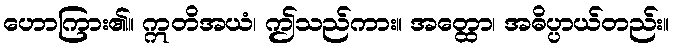
ဟောကြား၏။ ဣတိအယံ၊ ဤသည်ကား။ အတ္ထော၊ အဓိပ္ပာယ်တည်း။